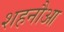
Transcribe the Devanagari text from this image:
शहनौआ